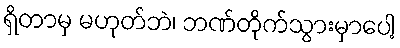
ရှိတာမှ မဟုတ်ဘဲ၊ ဘဏ်တိုက်သွားမှာပေါ့